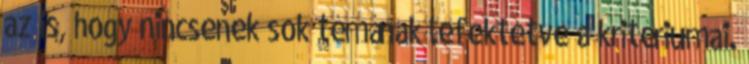
az is, hogy nincsenek sok témának lefektetve a kritériumai.